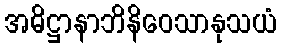
အဓိဋ္ဌာနာဘိနိဝေသာနုသယံ